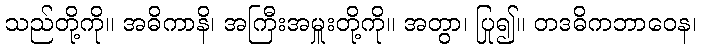
သည်တို့ကို။ အဓိကာနိ၊ အကြီးအမှူးတို့ကို။ အတွာ၊ ပြု၍။ တဒဓိကဘာဝေန၊